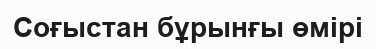
Соғыстан бұрынғы өмірі